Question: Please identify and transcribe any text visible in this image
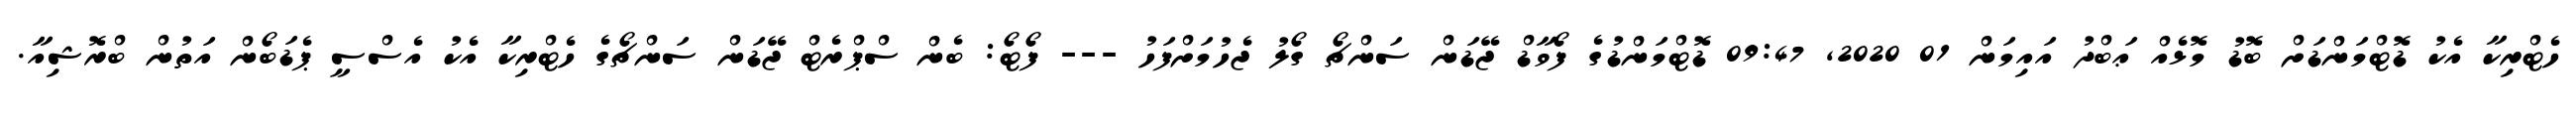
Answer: ހެޓްރިކާ އެކު ޑޮޓްމަންޑަށް ބޮޑު މޮޅެއް ޢަބްދު އައިމަން 01 2020, 09:47 ޑޮޓްމަންޑުގެ ފޯވާޑް ޖޭޑަން ސަންޗޯ ގޯލު ޖެހުމަށްފަހު --- ފޯޓޯ: ބެން ސްޕްރެޓް ޖޭޑަން ސަންޗޯގެ ހެޓްރިކާ އެކު އެސްސީ ޕެޑަބޯން އަތުން ބްރޮޝިއާ.